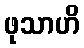
ဖုသာဟိ